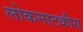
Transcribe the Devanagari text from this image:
लोकनाटकीय